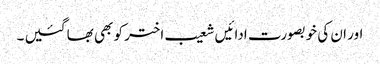
اور ان کی خوبصورت ادائیں شعیب اختر کو بھی بھا گئیں ۔